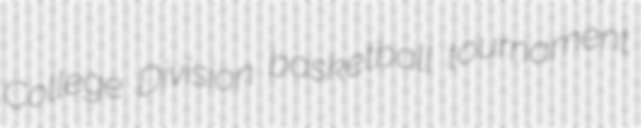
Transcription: College Division basketball tournament